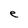
Character: e